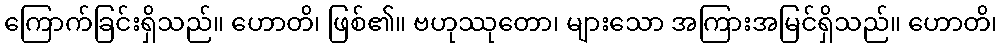
ကြောက်ခြင်းရှိသည်။ ဟောတိ၊ ဖြစ်၏။ ဗဟုဿုတော၊ များသော အကြားအမြင်ရှိသည်။ ဟောတိ၊